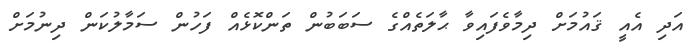
އަދި އެއީ ޤައުމަށް ދިމާވެފައިވާ ޙާލަތެއްގެ ސަބަބުން ތަންކޮޅެއް ފަހުން ސަމާލުކަން ދިނުމަށް